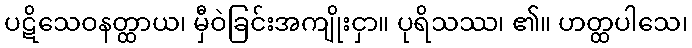
ပဋိသေဝနတ္ထာယ၊ မှီဝဲခြင်းအကျိုးငှာ။ ပုရိသဿ၊ ၏။ ဟတ္ထပါသေ၊